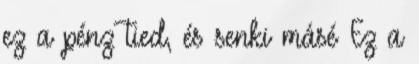
ez a pénz tied, és senki másé Ez a